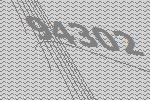
94302